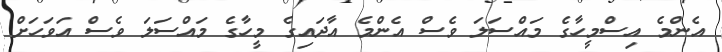
އެންމެ އިސްމީހާގެ މައްސަލަ ވެސް އެންމެ އާދައިގެ މީހާގެ މައްސަލަ ވެސް އަވަހަށް